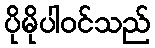
ပိုမိုပါဝင်သည်